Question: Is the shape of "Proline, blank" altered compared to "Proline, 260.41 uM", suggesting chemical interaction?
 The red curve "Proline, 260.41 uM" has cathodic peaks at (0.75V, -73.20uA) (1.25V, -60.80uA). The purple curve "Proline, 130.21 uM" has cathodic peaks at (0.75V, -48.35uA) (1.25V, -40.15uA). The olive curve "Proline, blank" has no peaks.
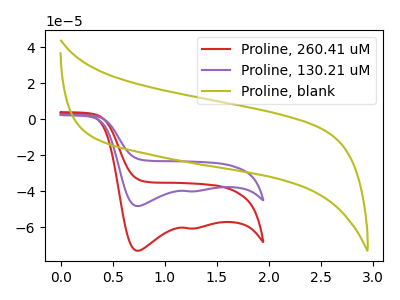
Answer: <think>"Proline, blank" and "Proline, 260.41 uM" have a different number of peaks.
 </think>
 <answer>Yes, "Proline, blank" and "Proline, 260.41 uM" are different in shape.</answer>
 <eval>yes_change</eval>